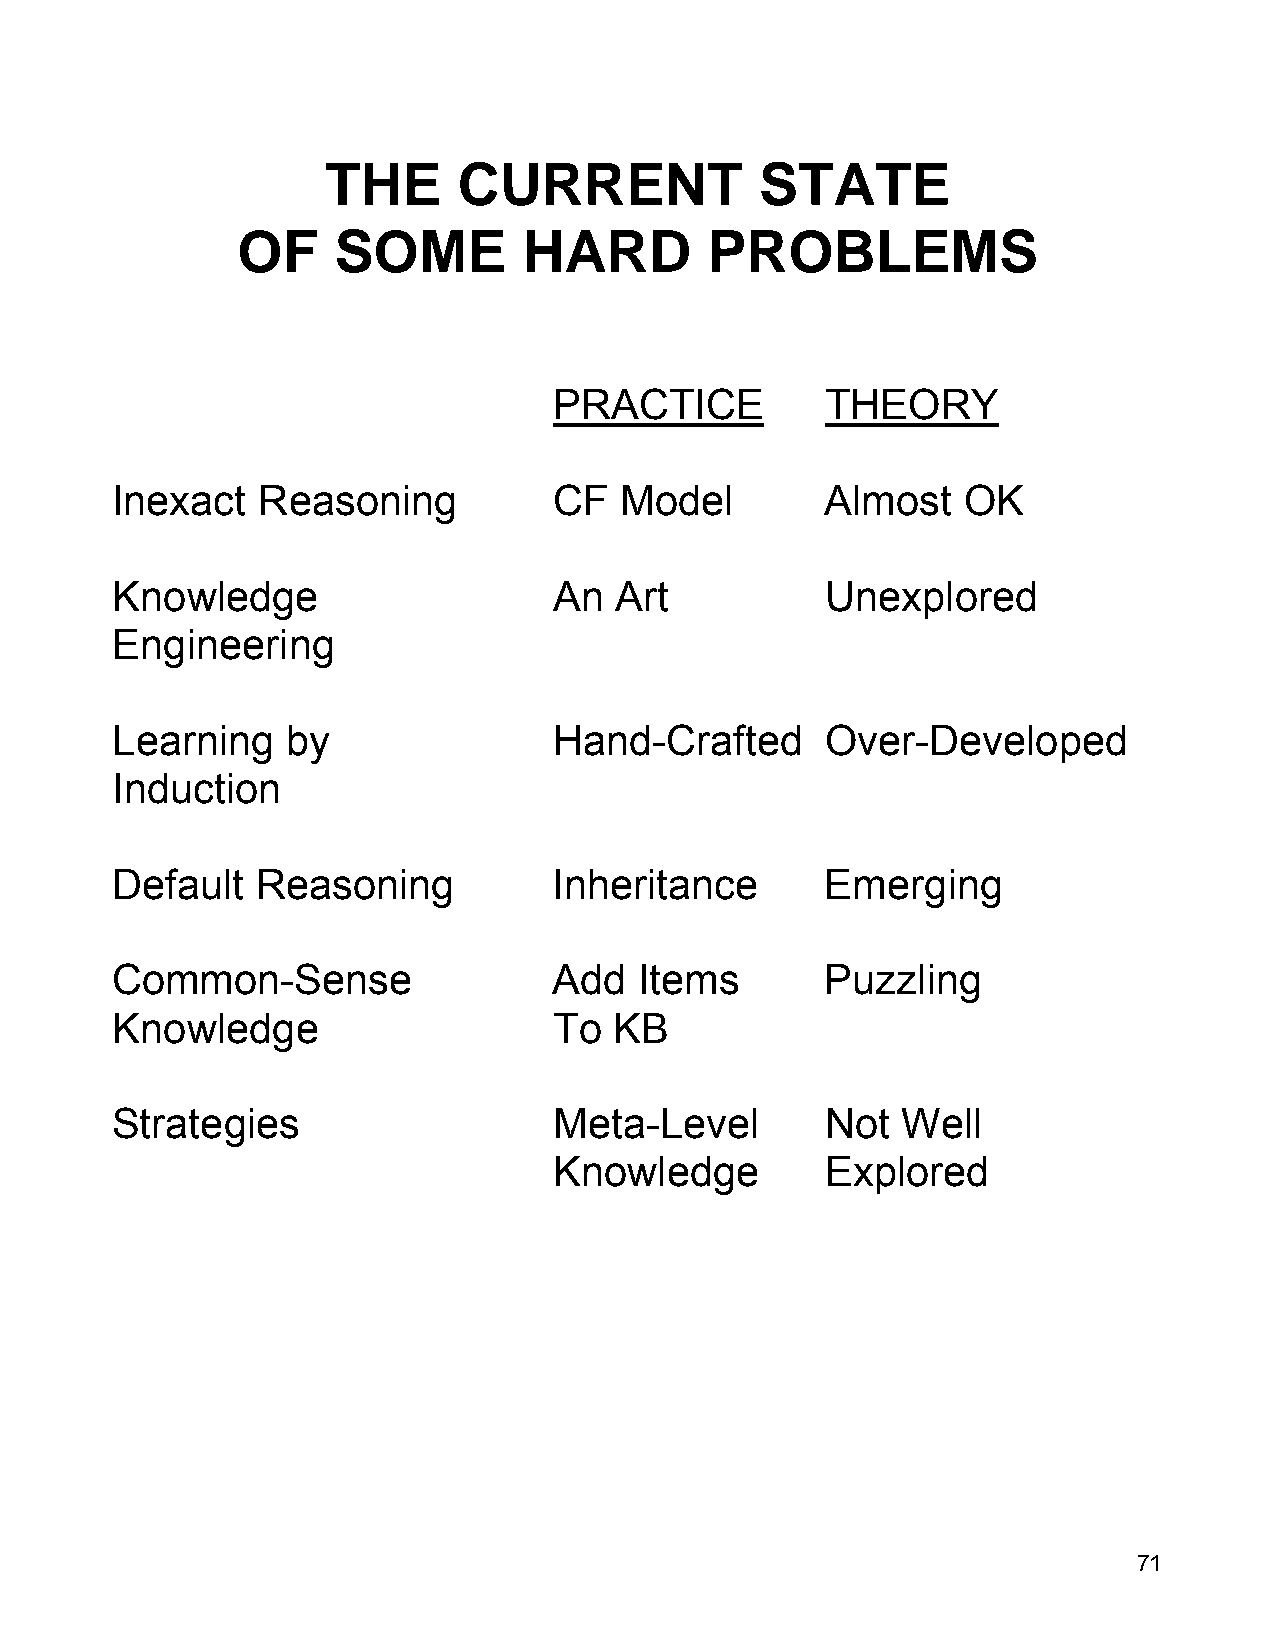
THE     CURRENT             STATE
 OF    SOME         HARD        PROBLEMS
 PRACTICE          THEORY
 Inexact   Reasoning           CF  Model         Almost   OK
 Knowledge                     An  Art           Unexplored
 Engineering
 Learning    by                Hand-Crafted      Over-Developed
 Induction
 Default   Reasoning           Inheritance       Emerging
 Common-Sense                  Add  Items        Puzzling
 Knowledge                     To  KB
 Strategies                    Meta-Level        Not  Well
 Knowledge         Explored
 71